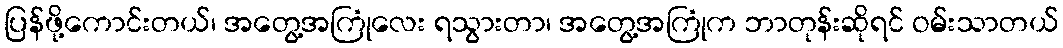
ပြန်ဖို့ကောင်းတယ်၊ အတွေ့အကြုံလေး ရသွားတာ၊ အတွေ့အကြုံက ဘာတုန်းဆိုရင် ဝမ်းသာတယ်